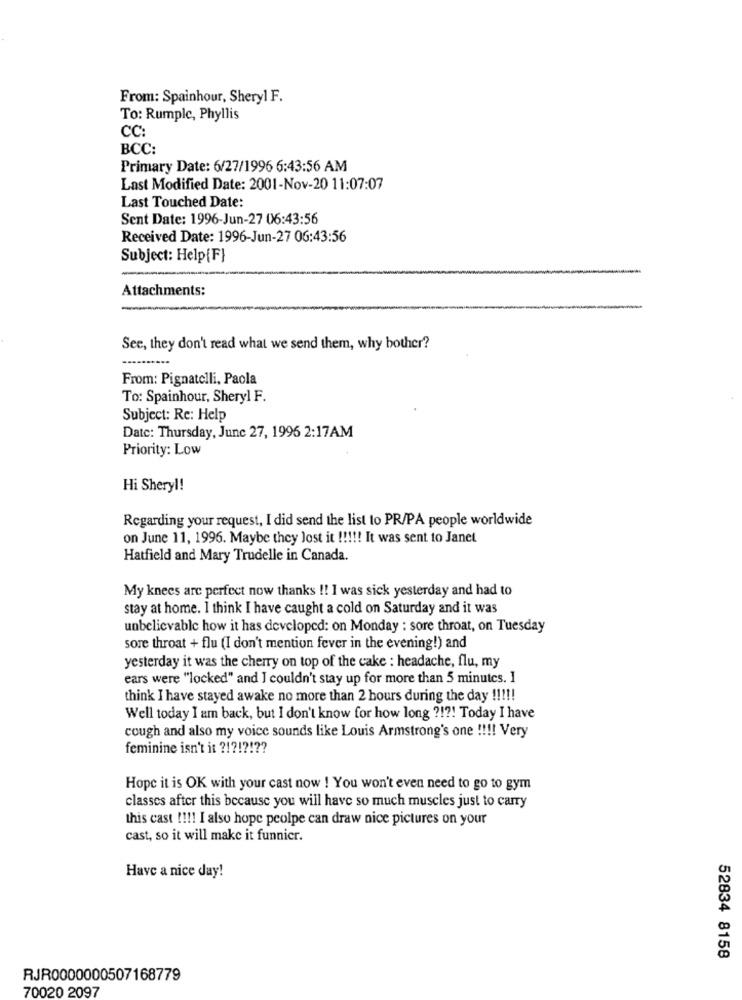
From: Spainhour, Sheryl F.
To: Rumple, Phyllis
CC
BCC:
Primary Date: 6/27/1996 6:43:56 AM
Last Modified Date: 2001-Nov-20 11:07:07
Last Touched Date:
Sent Date: 1996-Jun-27 06:43:56
Received Date: 1996-Jun-27 06:43:56
Subject: Help{F}
Attachments:
See, they don't read what we send them, why bother?
From: Pignatelli, Paola
To: Spainhour, Sheryl F.
Subject: Re: Help
Date: Thursday, June 27, 1996 2:17AM
Priority: Low
Hi Sheryl!
Regarding your request, I did send the list to PR/PA people worldwide
on June 11, 1996. Maybe they Jost it !!!!! It was sent to Janet
Hatfield and Mary Trudelle in Canada.
My knees are perfect now thanks !! I was sick yesterday and had to
stay at home. I think I have caught a cold on Saturday and it was
unbelievable how it has developed: on Monday : sore throat, on Tuesday
sore throat + flu (I don't mention fever in the evening!) and
yesterday it was the cherry on top of the cake : headache, flu, my
ears were "locked" and I couldn't stay up for more than 5 minutes. 1
think I have stayed awake no more than 2 hours during the day !!!!!
Well today I am back, but I don't know for how long ?!?! Today I have
cough and also my voice sounds like Louis Armstrong's one !!!! Very
feminine isn't it ?!?!?!??
Hope it is OK with your cast now ! You won't even need to go to gym
classes after this because you will have so much muscles just to carry
this cast !!!! I also hope peolpe can draw nice pictures on your
cast, so it will make it funnier.
Have a nice day!
52834 8158
RJR0000000507168779
70020 2097